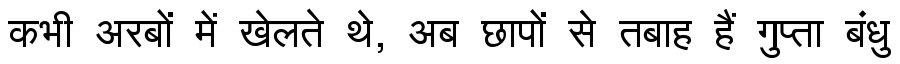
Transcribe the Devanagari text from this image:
कभी अरबों में खेलते थे, अब छापों से तबाह हैं गुप्ता बंधु